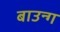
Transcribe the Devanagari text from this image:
बाउन्ग